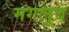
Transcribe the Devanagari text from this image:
मगलूब